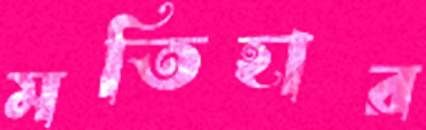
মতিহার